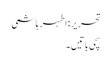
تحریر: اطہر ہاشمی
سچی باتیں۔